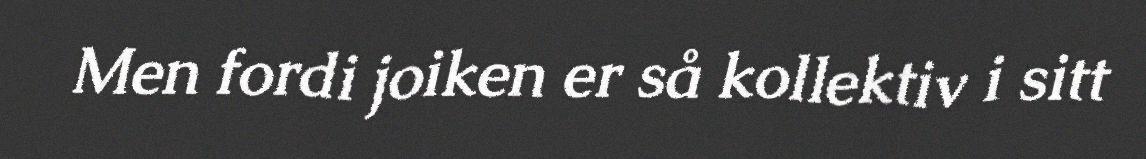
Men fordi joiken er så kollektiv i sitt